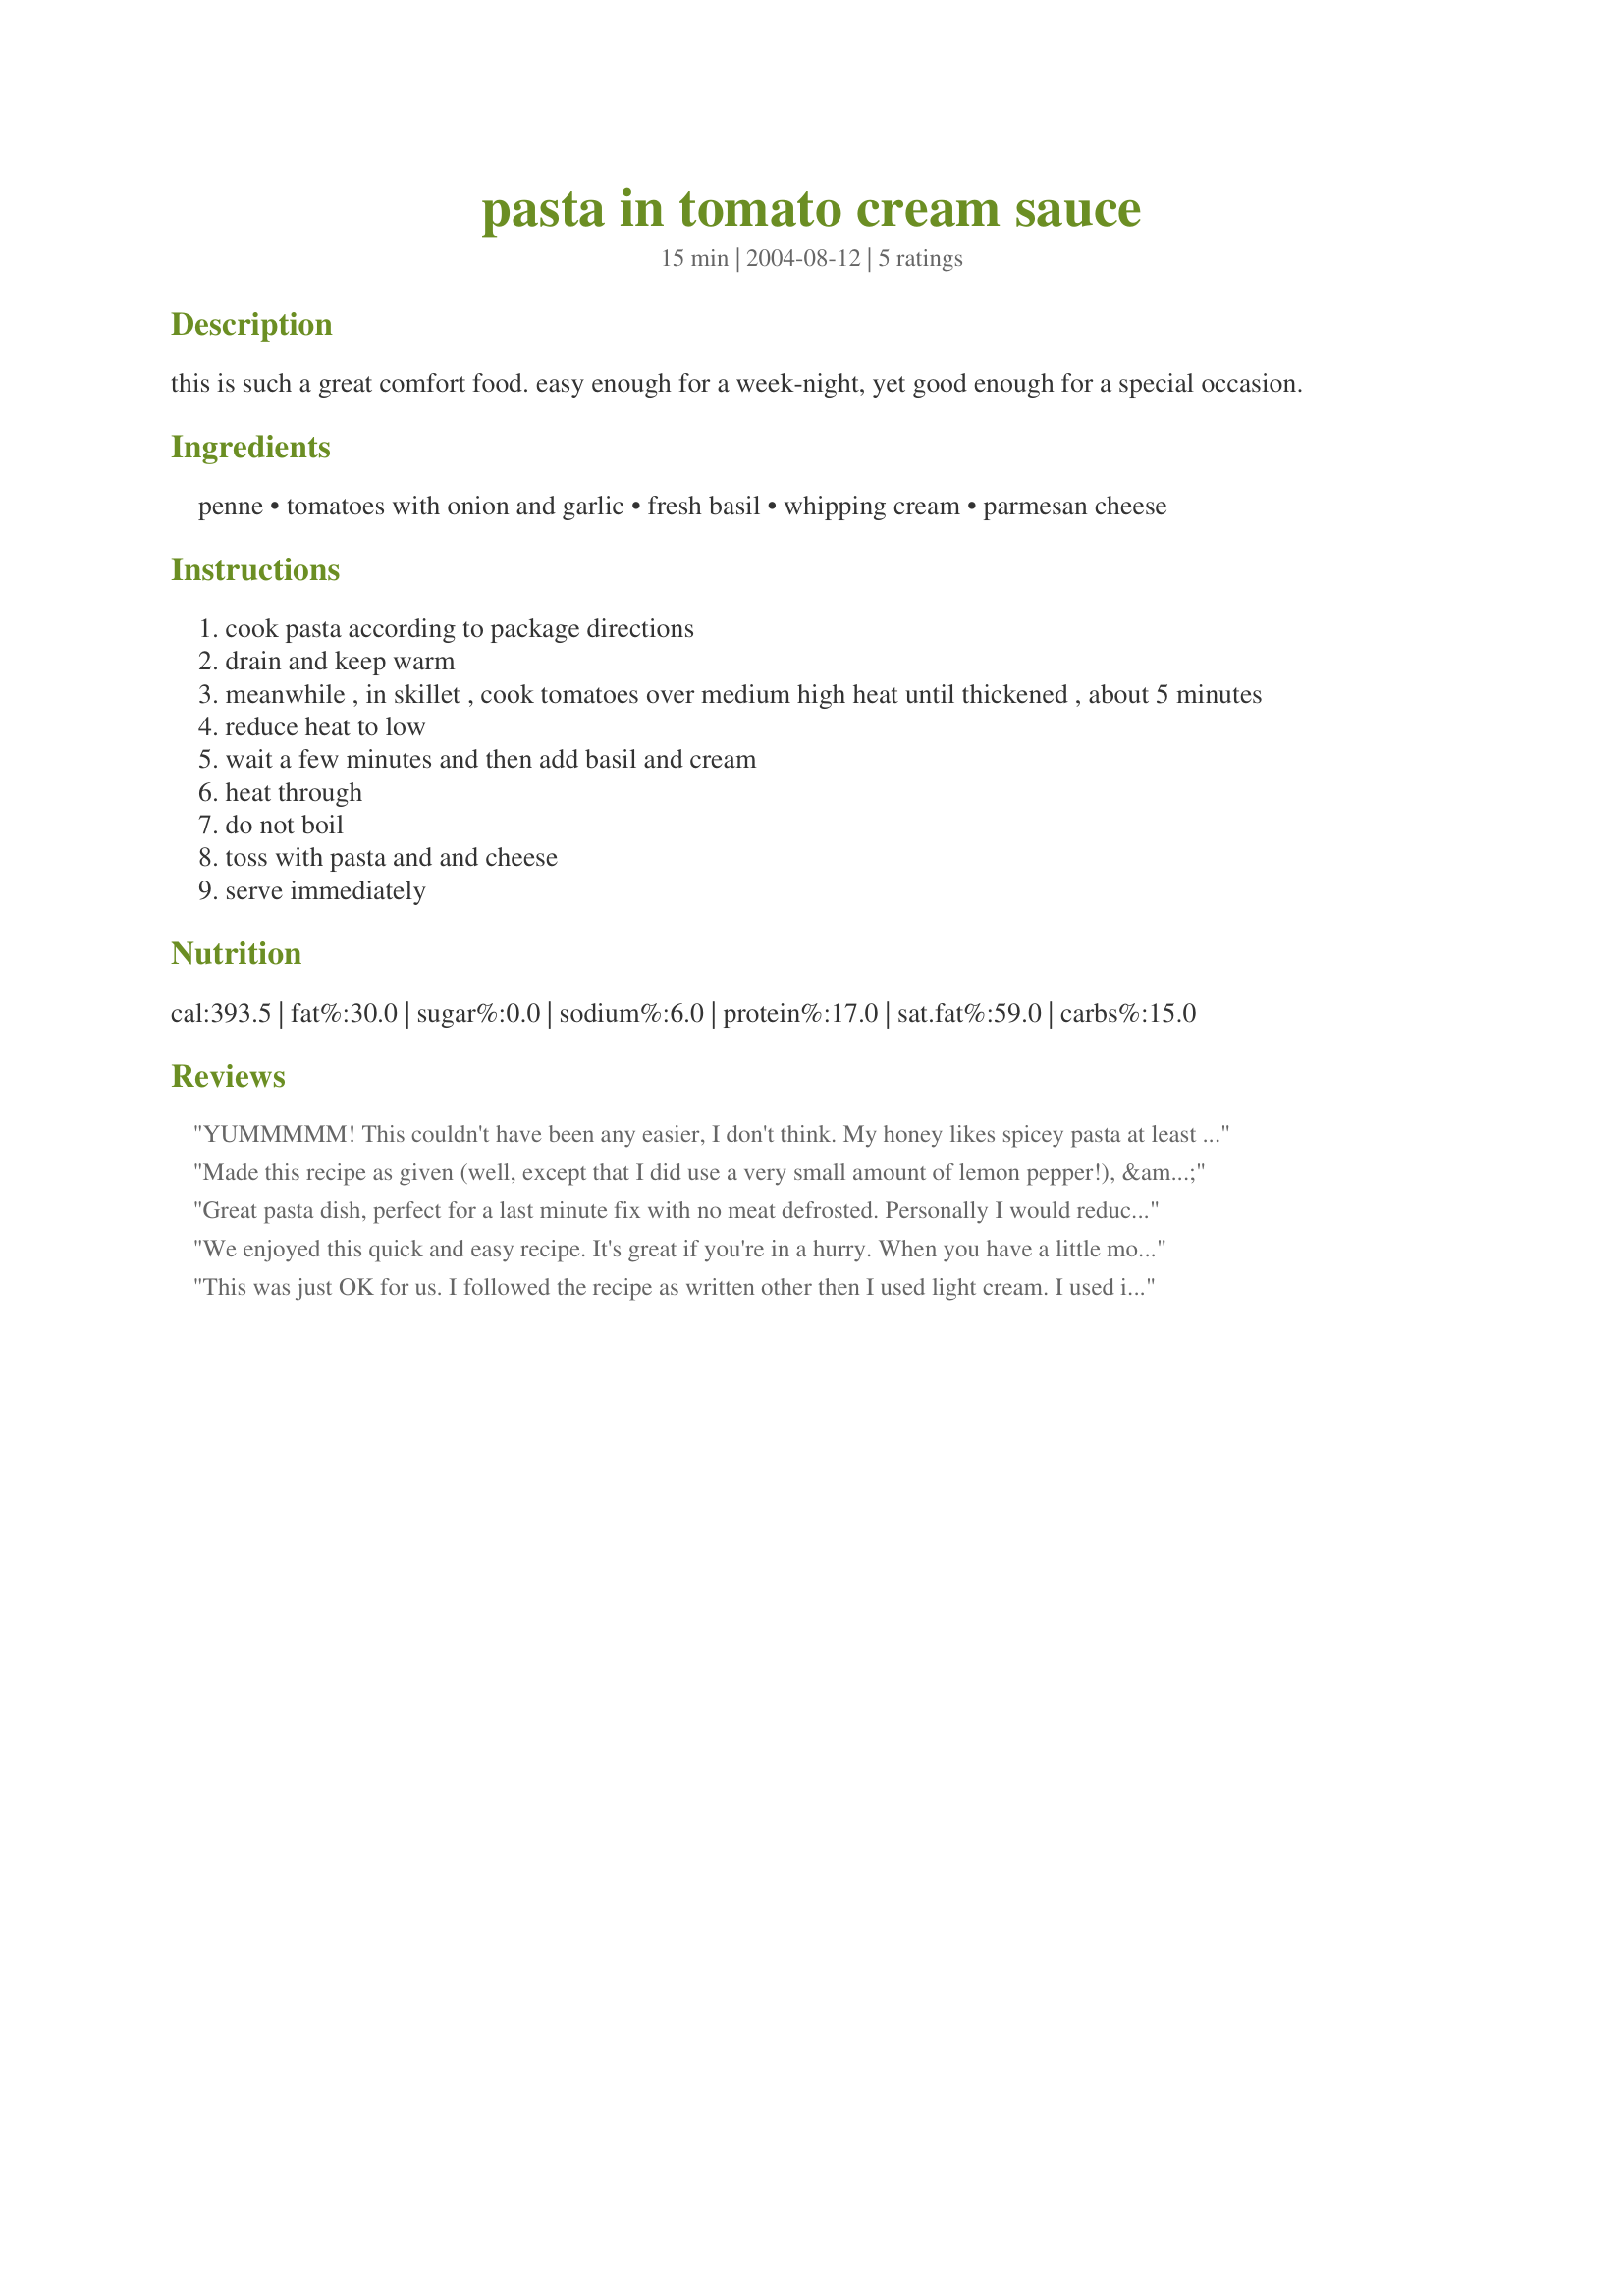
pasta in tomato cream sauce
Preparation time: 15 minutes

this is such a great comfort food. easy enough for a week-night, yet good enough for a special occasion.

Ingredients:
penne, tomatoes with onion and garlic, fresh basil, whipping cream, parmesan cheese

Steps:
cook pasta according to package directions
drain and keep warm
meanwhile , in skillet , cook tomatoes over medium high heat until thickened , about 5 minutes
reduce heat to low
wait a few minutes and then add basil and cream
heat through
do not boil
toss with pasta and and cheese
serve immediately

Reviews:
YUMMMMM! This couldn't have been any easier, I don't think. My honey likes spicey pasta at least once a week, so I used tomatoes with jalapenos rather than garlic and onion.
Made this recipe as given (well, except that I did use a very small amount of lemon pepper!), & it was an interesting & enjoyable change from the pasta dishes we usually have, what with this sauce ~ VERY, VERY NICE, & simple to make as well! We liked the simplicity of the seasoning, too! [Tagged, made & reviewed for one of my adoptees in the current Pick A Chef]
Great pasta dish, perfect for a last minute fix with no meat defrosted. Personally I would reduce the cream next time, though my daughter thought it was delicious as is. I didn't have any penne, just bow ties. Thanks for posting.
We enjoyed this quick and easy recipe. It's great if you're in a hurry. When you have a little more time, adding a half pound of Italian Sausage makes this an extra tasty dish. Thanks!
This was just OK for us. I followed the recipe as written other then I used light cream. I used italian seasoning instead of just basil. We thought it needed more flavor. We did add salt and pepper and liked it a bit more. Not sure what it as missing but it was missing something for us.
